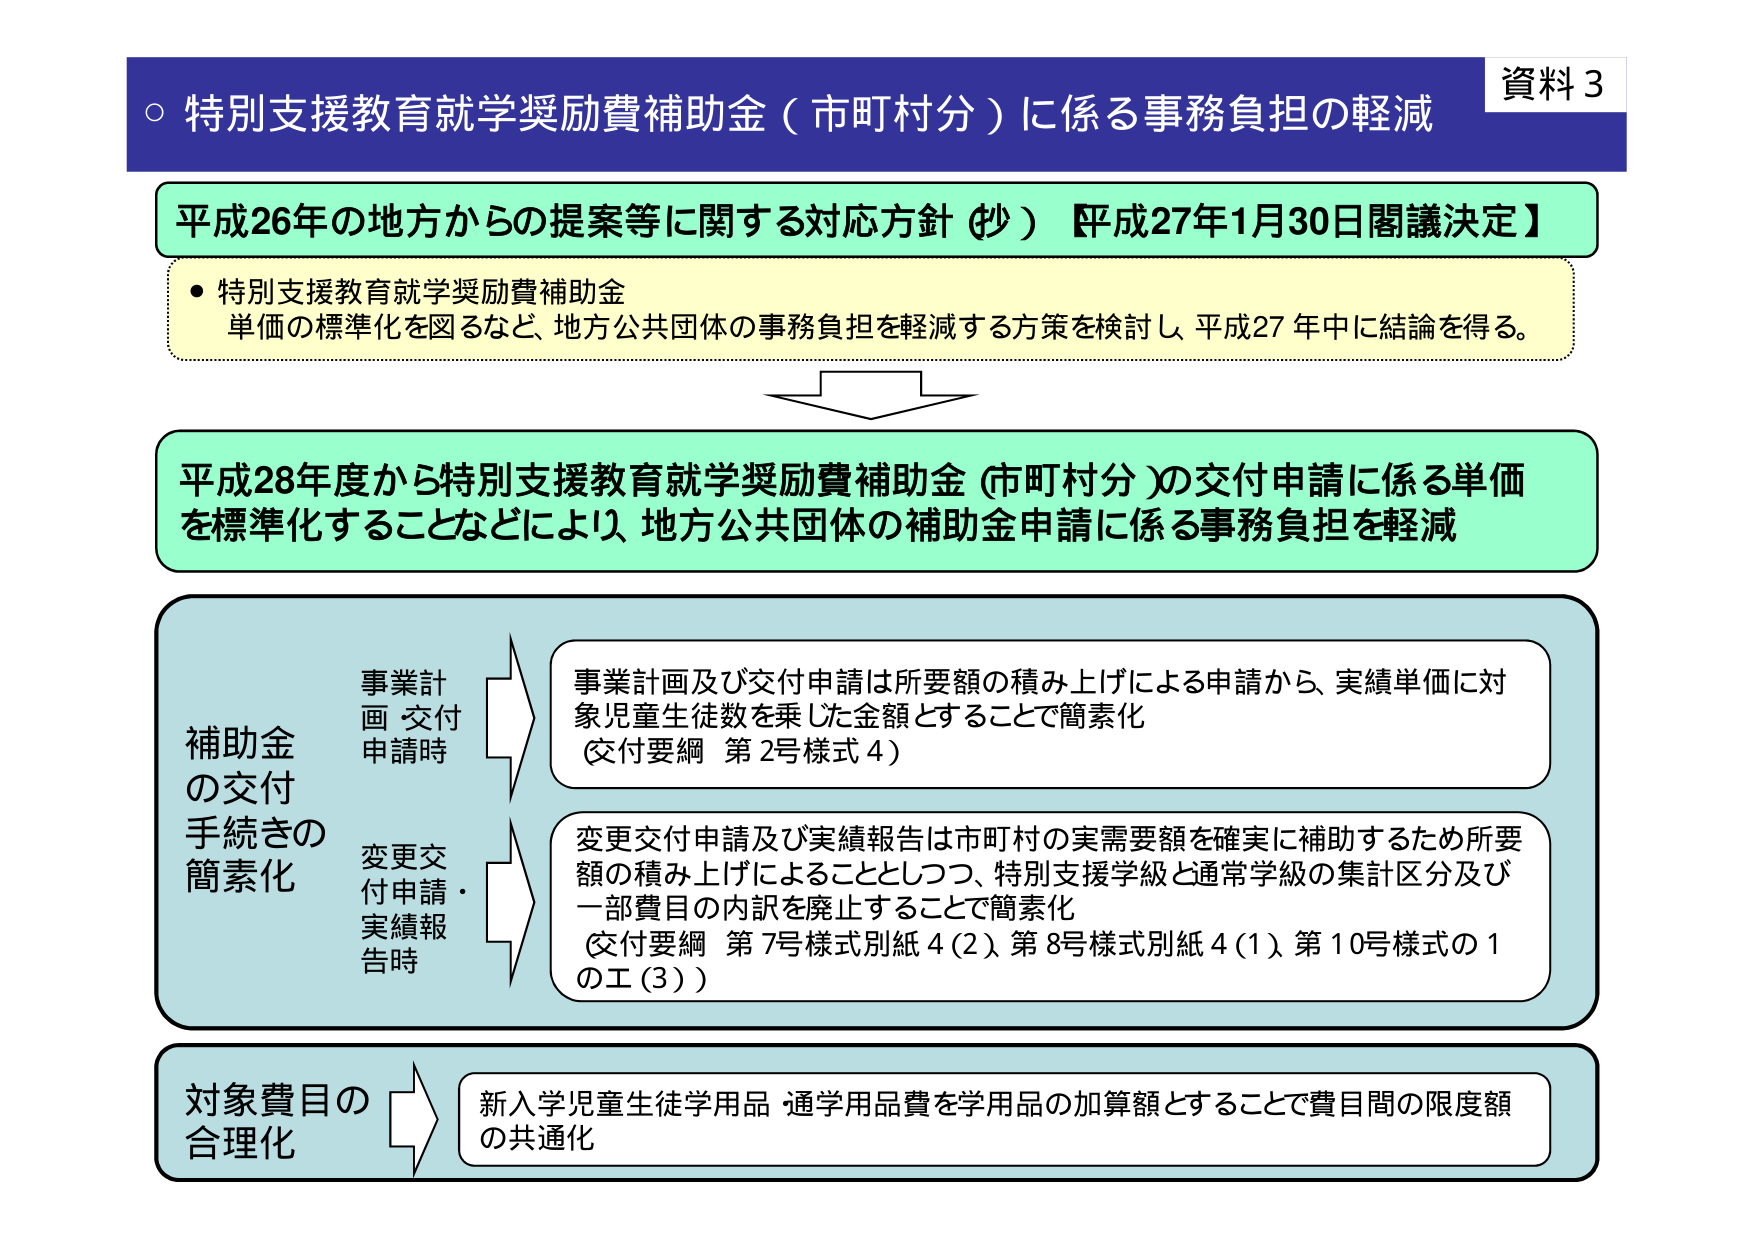
資料3
○ 特別支援教育就学奨励費補助金（市町村分）に係る事務負担の軽減

平成26年の地方からの提案等に関する対応方針（抄）【平成27年1月30日閣議決定】
・特別支援教育就学奨励費補助金
　単価の標準化を図るなど、地方公共団体の事務負担を軽減する方策を検討し、平成27年中に結論を得る。

平成28年度から特別支援教育就学奨励費補助金（市町村分）の交付申請に係る単価を標準化することなどにより、地方公共団体の補助金申請に係る事務負担を軽減

補助金の交付手続きの簡素化
　事業計画・交付申請時
　　→ 事業計画及び交付申請は所要額の積み上げによる申請から、実績単価に対象児童生徒数を乗じた金額とすることで簡素化
　　　（交付要綱 第2号様式4）
　変更交付申請・実績報告時
　　→ 変更交付申請及び実績報告は市町村の実需要額を確実に補助するため所要額の積み上げによることとしつつ、特別支援学級と通常学級の集計区分及び一部費目の内訳を廃止することで簡素化
　　　（交付要綱 第7号様式別紙4(2)、第8号様式別紙4(1)、第10号様式の1のエ(3)）

対象費目の合理化
　→ 新入学児童生徒学用品・通学用品費を学用品の加算額とすることで費目間の限度額の共通化